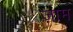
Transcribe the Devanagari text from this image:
ज़ाम